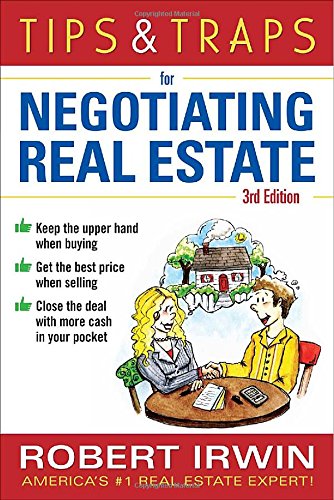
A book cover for Tips & Traps for Negotiating Real Estate, Third Edition (Tips and Traps); Robert Irwin; Business & Money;